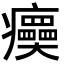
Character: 㿙